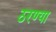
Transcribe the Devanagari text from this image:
ठरण्या